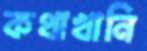
কথাখানি